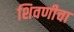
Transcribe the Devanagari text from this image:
शिवणीचा